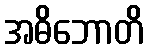
အဓိဘောတိ